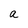
Character: a